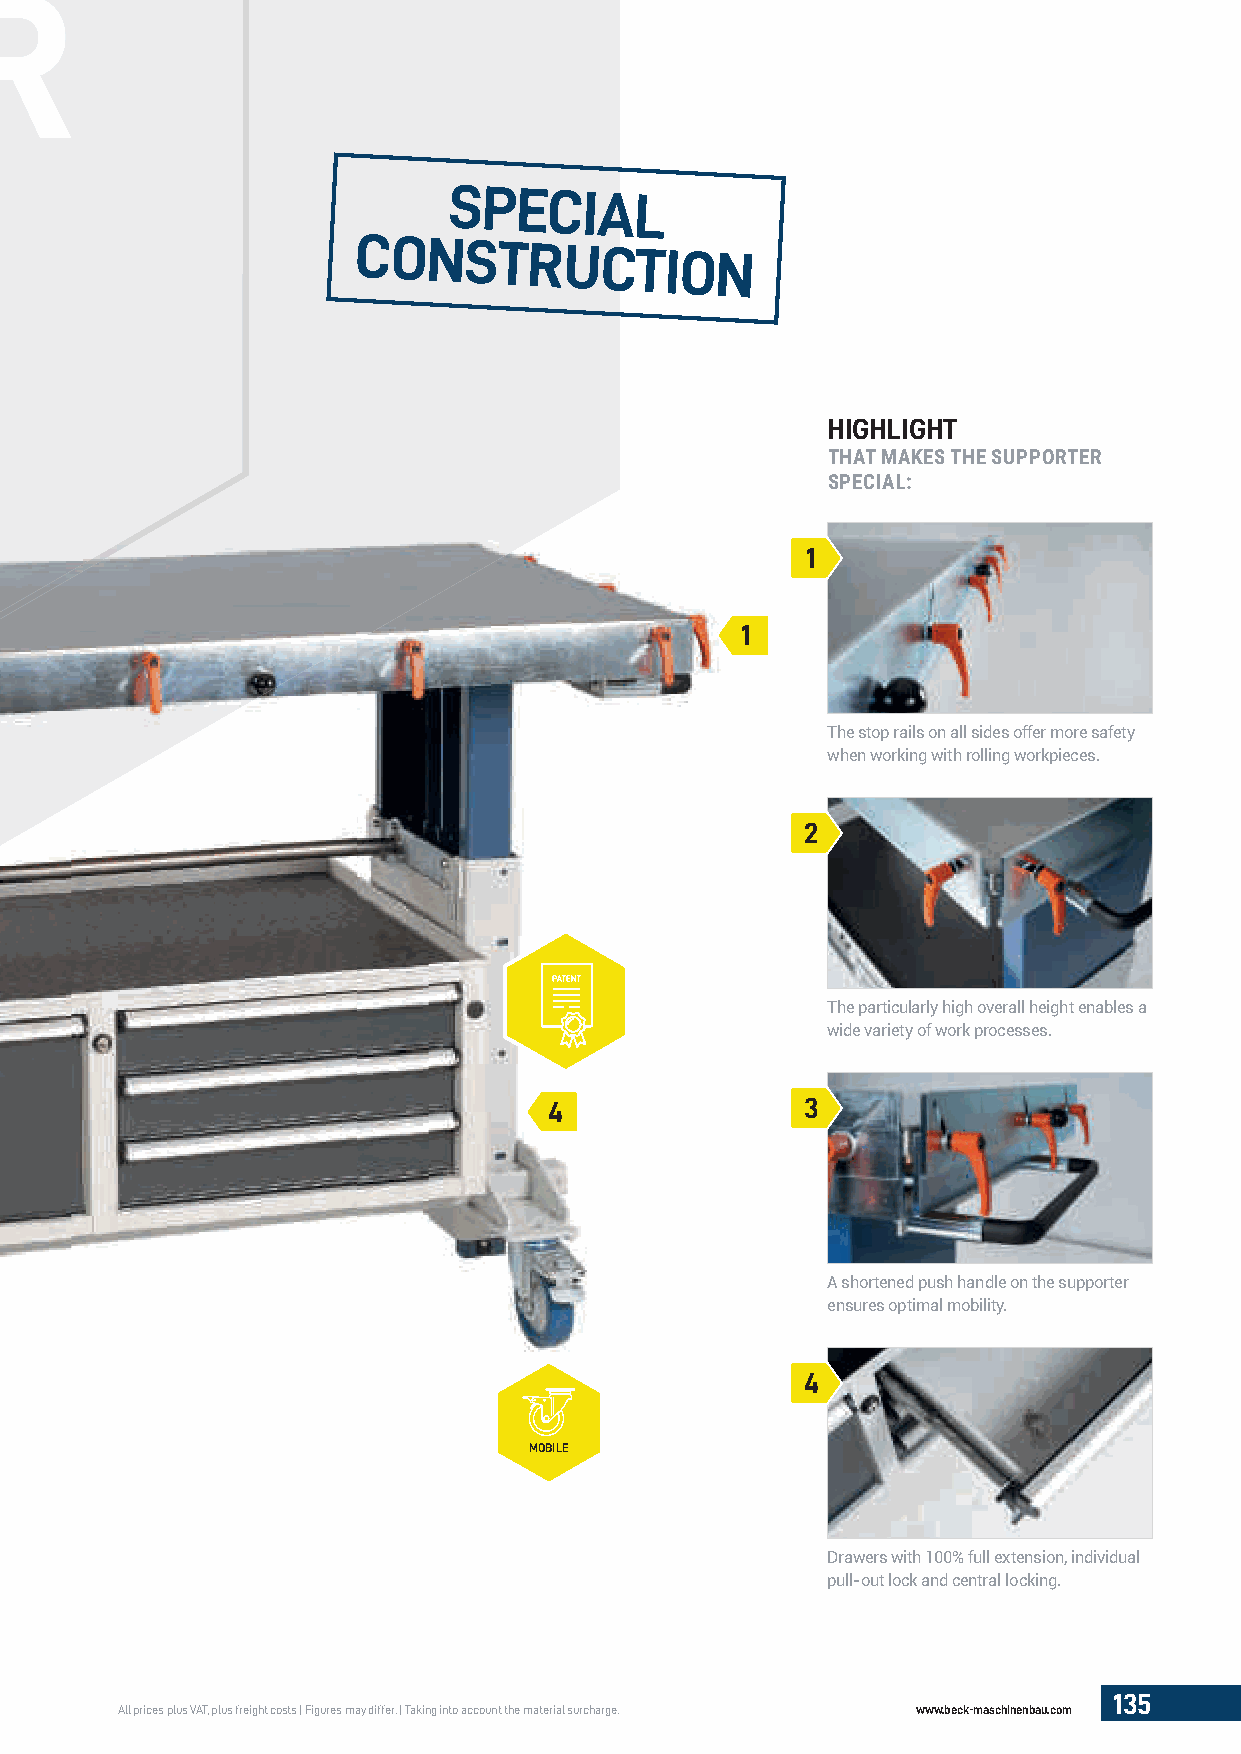
SPECIAL
 CONSTRUCTION
 HIGHLIGHT
 THAT MAKES THE SUPPORTER
 SPECIAL:
 1
 1
 The stop rails on all sides offer more safety
 when working with rolling workpieces.
 2
 The particularly high overall height enables a
 wide variety of work processes.
 4                3
 A shortened push handle on the supporter
 ensures optimal mobility.
 4
 MOBILE
 Drawers with 100% full extension, individual
 pull-out lock and central locking.
 135
 All prices plus VAT, plus freight costs | Figures may differ. | Taking into account the material surcharge. www.beck-maschinenbau.com